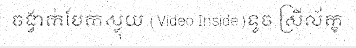
ចង្វាក់បែកស្លុយ (Video Inside)ទូច ស្រីល័ក្ខ